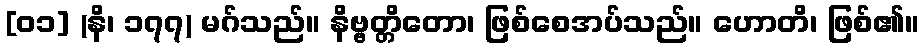
[၀၁] (နိ၊ ၁၇၇) မဂ်သည်။ နိဗ္ဗတ္တိတော၊ ဖြစ်စေအပ်သည်။ ဟောတိ၊ ဖြစ်၏။